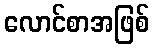
လောင်စာအဖြစ်